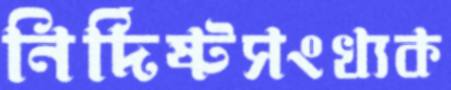
নির্দিষ্টসংখ্যক